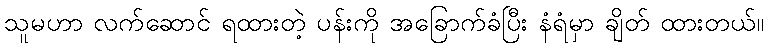
သူမဟာ လက်ဆောင် ရထားတဲ့ ပန်းကို အခြောက်ခံပြီး နံရံမှာ ချိတ် ထားတယ်။